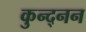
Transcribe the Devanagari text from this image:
कुन्द्नन